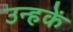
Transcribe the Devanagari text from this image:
उन्हकें